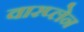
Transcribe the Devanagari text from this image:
वारप्लेन